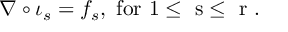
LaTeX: \nabla \circ \iota _ { s } = f _ { s } , \mathrm { ~ f o r ~ 1 \leq ~ s \leq ~ r ~ } .